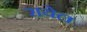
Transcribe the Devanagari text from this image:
रायेल